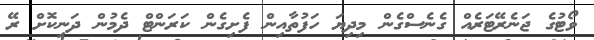
ވޯޓުގެ ޖަނެރޭޓަރެއް ގެނެސްގެން މިދިޔަ ހަފުތާއިން ފެށިގެން ކަރަންޓް ދެމުން ދަނިކޮށް ރޭ